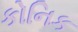
કોનિક